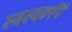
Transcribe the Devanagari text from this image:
स्वस्वरूपिं